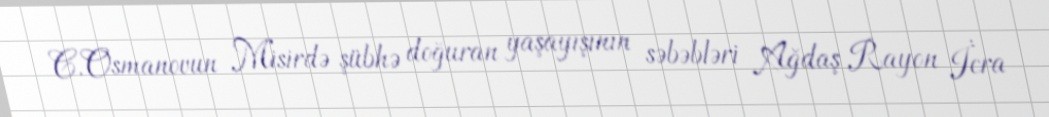
C.Osmanovun Misirdə şübhə doğuran yaşayışının səbəbləri Ağdaş Rayon İcra